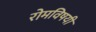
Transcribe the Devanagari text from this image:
रोमविषयी